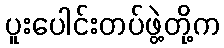
ပူးပေါင်းတပ်ဖွဲ့တို့က